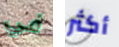
في أكثر